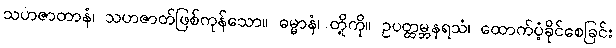
သဟဇာတာနံ၊ သဟဇာတ်ဖြစ်ကုန်သော။ ဓမ္မာနံ၊ တို့ကို။ ဥပတ္ထမ္ဘနရသံ၊ ထောက်ပံ့ခိုင်စေခြင်း